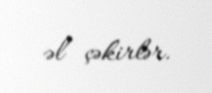
əl çəkirlər.